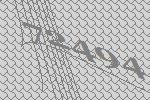
72494